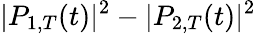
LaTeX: |P_{1,T}(t)|^{2}-|P_{2,T}(t)|^{2}